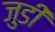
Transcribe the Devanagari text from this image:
जुडीं